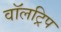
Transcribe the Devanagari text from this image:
वॉलट्रिप